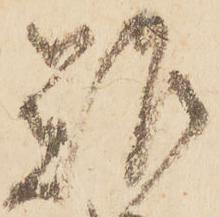
難